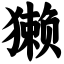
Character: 獭